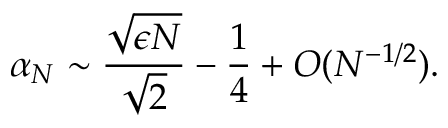
\alpha _ { N } \sim \frac { \sqrt { \epsilon N } } { \sqrt { 2 } } - \frac { 1 } { 4 } + { \cal O } ( N ^ { - 1 / 2 } ) .